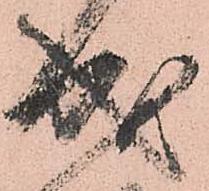
成